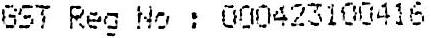
GST REG NO : 000423100416